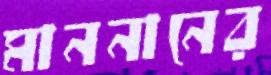
মাননানের